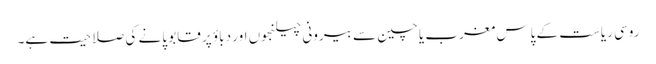
روسی ریاست کے پاس مغرب یا چین سے بیرونی چیلنجوں اور دباؤ پر قابو پانے کی صلاحیت ہے۔